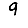
Digit: 9